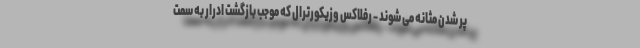
پر شدن مثانه می شوند - رفلاکس وزیکورترال که موجب بازگشت ادرار به سمت